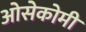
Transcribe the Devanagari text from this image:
ओसेकोमी